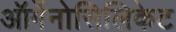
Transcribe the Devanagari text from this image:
ऑर्गेनोसिलिकेट